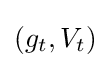
(g_{t},V_{t})